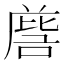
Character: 𭉵